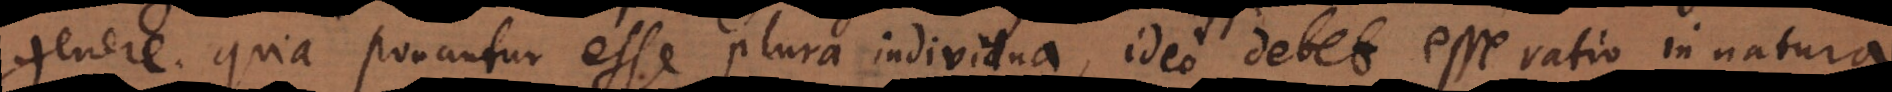
genere, quia ponantur esse plura individua, ideo debet esse ratio in natura